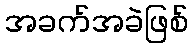
အခက်အခဲဖြစ်